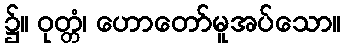
၌။ ဝုတ္တံ၊ ဟောတော်မူအပ်သော။